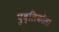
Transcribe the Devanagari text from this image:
पुब्लिकोला